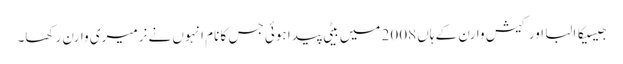
جیسیکا البا اور کیش وارن کے ہاں 2008 میں بیٹی پیدا ہوئی جس کا نام انہوں نے نرمیری وارن رکھا۔